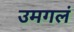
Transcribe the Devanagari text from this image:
उमगलं